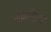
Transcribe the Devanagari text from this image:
जुळवित्या